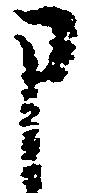
申